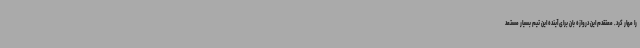
را مهار کرد. معتقدم این دروازه بان برای آینده این تیم بسیار مستعد